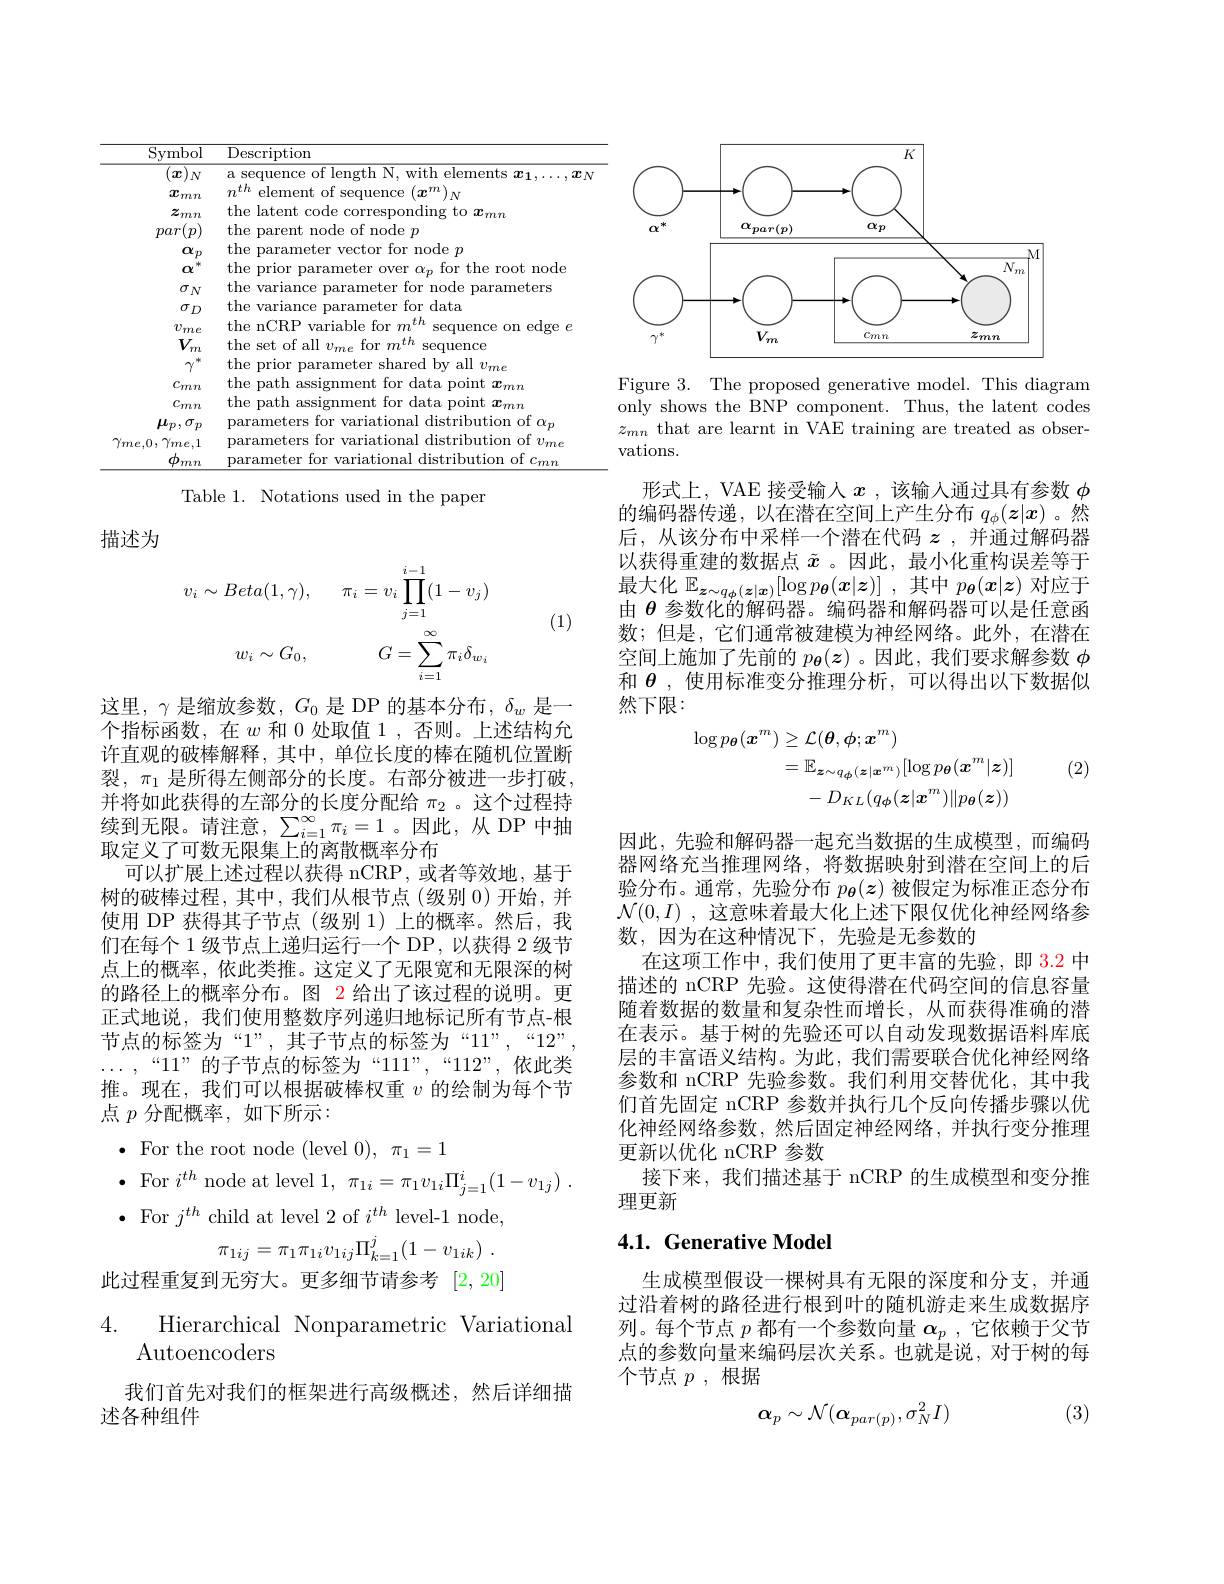
<table>
	<tbody>
		<tr>
			<th>Symbol</th>
			<th>Description</th>
		</tr>
		<tr>
			<td>$x$ $N$</td>
			<td>A Ser</td>
		</tr>
		<tr>
			<td>$\boldsymbol{x}_{mn}$</td>
			<td>$n^{th}$ element $mm$ $at$ conlence M</td>
		</tr>
		<tr>
			<td>$z_{mn}$</td>
			<td>the latent code onding to $x_{mr}$</td>
		</tr>
		<tr>
			<td>$\alpha_{p}$</td>
			<td>the tor node $p$</td>
		</tr>
		<tr>
			<td>$\alpha$</td>
			<td>the for the root node ${\mathrm{~prior}}$ ,1</td>
		</tr>
		<tr>
			<td>$\sigma_{N}$</td>
			<td>the s variance for node parameters Pt.PT</td>
		</tr>
		<tr>
			<td>$\sigma_{D}$</td>
			<td>varlance for data</td>
		</tr>
		<tr>
			<td>$v_{me}$</td>
			<td>the nCRP variable for $m$ sequence edge $\frac{3}{2}\boldsymbol{\epsilon}$</td>
		</tr>
		<tr>
			<td>$V_{m}$</td>
			<td>the set t of all 1 $v_{m\epsilon}$ for $m^{th}$ sequence</td>
		</tr>
		<tr>
			<td>$\gamma$ 、附</td>
			<td>the prior shared by all $v_me$ Prer</td>
		</tr>
		<tr>
			<td>Cmn</td>
			<td>the path assignr $\tan$ 1 data point $x_mn$</td>
		</tr>
		<tr>
			<td>Cmn</td>
			<td>the path assignr 1 data point $x_mn$</td>
		</tr>
		<tr>
			<td>$\mu_p,\sigma_p$</td>
			<td>parameters :1 for v variational distribution of $\alpha_p$</td>
		</tr>
		<tr>
			<td>$\gamma_{me,0},\gamma_{me,1}$ $\phi_{mn}$</td>
			<td>parameters for variational distribution of $v_{me}$ parameter for variational distribution of $c_{mn}$</td>
		</tr>
		<tr>
			<td>$mn$</td>
			<td>DATE $\tan$ riatior distribution $10^{\dagger}$</td>
		</tr>
	</tbody>
</table>
Table 1. Notations used in the paper

描述为
$$v_{i}\sim Beta(1,\gamma),\quad\pi_{i}=v_{i}\prod_{j=1}^{i-1}(1-v_{j})\\w_{i}\sim G_{0},\quad G=\sum_{i=1}^{\infty}\pi_{i}\delta_{w_{i}}$$
(1)

这里，$\gamma$是缩放参数，$G_0$是 DP 的基本分布，$\delta_w$是一个指标函数，在$w$和 0 处取值 1 , 否则。上述结构允许直观的破棒解释，其中，单位长度的棒在随机位置断裂，$\pi_1$是所得左侧部分的长度。右部分被进一步打破。并将如此获得的左部分的长度分配给$\pi_2$ 。这个过程持续到无限。请注意，$\sum_i=1^{\infty}\pi_i=1$。因此，从 DP 中抽取定义了可数无限集上的离散概率分布
可以扩展上述过程以获得 nCRP, 或者等效地，基于树的破棒过程，其中，我们从根节点(级别0)开始，并使用 DP 获得其子节点(级别 1)上的概率。然后，我们在每个 1 级节点上递归运行一个 DP, 以获得 2 级节点上的概率，依此类推。这定义了无限宽和无限深的树的路径上的概率分布。图 2 给出了该过程的说明。更正式地说，我们使用整数序列递归地标记所有节点-根节点的标签为“1”,其子节点的标签为“11”,“12”, $\ldots,“11”的子节点的标签为“111”,“112”,依此类$ 推。现在，我们可以根据破棒权重$v$的绘制为每个节点$p$分配概率，如下所示：
$\bullet$ For the root node (level $0),\pi_1=1$
$\bullet$ For $i^th$ node at level $1, \pi _{1i}= \pi _1v_{1i}\Pi _{j= 1}^i( 1- v_{1j})$ .
$\bullet$ For $j^th$ child at level 2 of $i^th$ level-1 node,
$$\pi_{1ij}=\pi_{1}\pi_{1i}v_{1ij}\Pi_{k=1}^{j}(1-v_{1ik})\:.$$
此过程重复到无穷大。更多细节请参考[2,20]
Hierarchical Nonparametric Variational
$\operatorname{Autoencoders}$
我们首先对我们的框架进行高级概述，然后详细描
述各种组件

<FigureHere>

Figure 3. The proposed generative model. This diagram only shows the BNP component. Thus, the latent codes $z_{mn}$ that are learnt in VAE training are treated as observations.

形式上，VAE 接受输人$x$ ,该输入通过具有参数$\phi$ 的编码器传递，以在潜在空间上产生分布$q_\phi(z|x)$ 。然后，从该分布中采样一个潜在代码$z$ ,并通过解码器以获得重建的数据点$\tilde{x}$ 。因此，最小化重构误差等于最大化$\mathbb{E} _{\boldsymbol{z}\sim q_{\phi }( \boldsymbol{z}| \boldsymbol{x}) }[ \log p_{\boldsymbol{\theta }}( \boldsymbol{x}| \boldsymbol{z}) ]$ ,其中$p_{\boldsymbol{\theta}}(\boldsymbol{x}|\boldsymbol{z})$对应于由$\theta$参数化的解码器。编码器和解码器可以是任意函数；但是，它们通常被建模为神经网络。此外，在潜在空间上施加了先前的$p_{\boldsymbol{\theta}}(\boldsymbol{z})$ 。因此，我们要求解参数$\phi$ 和$\theta$ ,使用标准变分推理分析，可以得出以下数据似然下限：
$$\begin{aligned}\log p_{\boldsymbol{\theta}}(\boldsymbol{x}^{m})&\geq\mathcal{L}(\boldsymbol{\theta},\phi;\boldsymbol{x}^{m})\\&=\mathbb{E}_{\boldsymbol{z}\sim q_{\boldsymbol{\phi}}(\boldsymbol{z}|\boldsymbol{x}^{m})}[\log p_{\boldsymbol{\theta}}(\boldsymbol{x}^{m}|\boldsymbol{z})]\\&-D_{KL}(q_{\phi}(\boldsymbol{z}|\boldsymbol{x}^{m})\|p_{\boldsymbol{\theta}}(\boldsymbol{z}))\end{aligned}$$
(2)

因此，先验和解码器一起充当数据的生成模型，而编码器网络充当推理网络，将数据映射到潜在空间上的后验分布。通常，先验分布$p_{\boldsymbol{\theta}}(\boldsymbol{z})$被假定为标准正态分布$\mathcal{N} ( 0, I)$ ,这意味着最大化上述下限仅优化神经网络参数，因为在这种情况下，先验是无参数的
在这项工作中，我们使用了更丰富的先验，即 3.2 中描述的 nCRP 先验。这使得潜在代码空间的信息容量随着数据的数量和复杂性而增长，从而获得准确的潜在表示。基于树的先验还可以自动发现数据语料库底层的丰富语义结构。为此，我们需要联合优化神经网络参数和 nCRP 先验参数。我们利用交替优化，其中我们首先固定 nCRP 参数并执行几个反向传播步骤以优化神经网络参数，然后固定神经网络，并执行变分推理更新以优化 nCRP 参数
接下来，我们描述基于 nCRP 的生成模型和变分推
理更新

## 4.1. Generative Model

生成模型假设一棵树具有无限的深度和分支，并通过沿着树的路径进行根到叶的随机游走来生成数据序列。每个节点$p$都有一个参数向量$\alpha_p$ ,它依赖于父节点的参数向量来编码层次关系。也就是说，对于树的每个节点$p$ ,根据

(3)
$$\alpha_{p}\sim\mathcal{N}(\alpha_{par(p)},\sigma_{N}^{2}I)$$